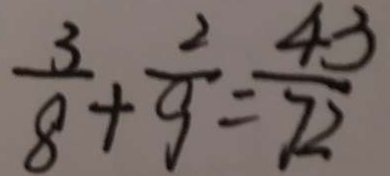
\frac { 3 } { 8 } + \frac { 2 } { 9 } = \frac { 4 3 } { 7 2 }